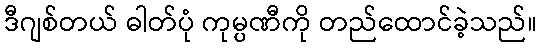
ဒီဂျစ်တယ် ဓါတ်ပုံ ကုမ္ပဏီကို တည်ထောင်ခဲ့သည်။